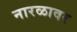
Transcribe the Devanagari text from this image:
नारळावर